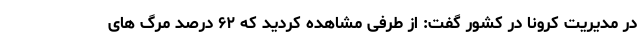
در مدیریت کرونا در کشور گفت: از طرفی مشاهده کردید که ۶۲ درصد مرگ های